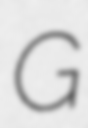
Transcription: G